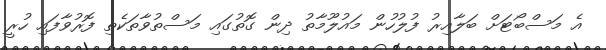
އެ މަސްބޯޓަށް ބަލާއިރު ފުލުހުން މައުލޫމާތު ދިން ގޮތުގައި މަސްތުވާތަކެތި ފޮރުވާފައި ހުރީ